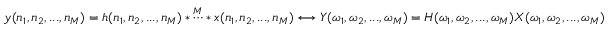
y ( n _ { 1 } , n _ { 2 } , . . . , n _ { M } ) = h ( n _ { 1 } , n _ { 2 } , . . . , n _ { M } ) * { \overset { M } { \cdots } } * x ( n _ { 1 } , n _ { 2 } , . . . , n _ { M } ) \longleftrightarrow Y ( \omega _ { 1 } , \omega _ { 2 } , . . . , \omega _ { M } ) = H ( \omega _ { 1 } , \omega _ { 2 } , . . . , \omega _ { M } ) X ( \omega _ { 1 } , \omega _ { 2 } , . . . , \omega _ { M } )